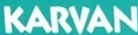
KARVAN